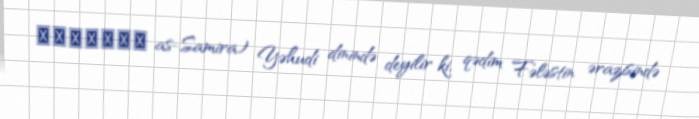
السامرة as-Samira) Yəhudi dinində deyilir ki, qədim Fələstin ərazisində